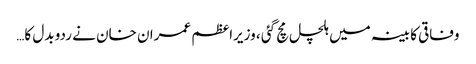
وفاقی کابینہ میں ہلچل مچ گئی ، وزیراعظم عمران خان نے ردو بدل کا…